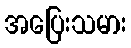
အပြေးသမား